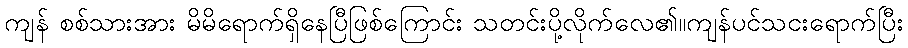
ကျန် စစ်သားအား မိမိရောက်ရှိနေပြီဖြစ်ကြောင်း သတင်းပို့လိုက်လေ၏။ကျန်ပင်သငးရောက်ပြီး